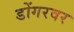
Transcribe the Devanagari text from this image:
डोंगरवर